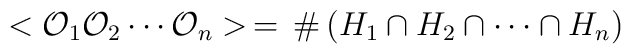
<{\cal O}_1  {\cal O}_2 \cdots {\cal O}_n > \,=\,\# \left (  H_1  \cap  H_2 \cap  \cdots \cap H_n  \right )